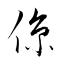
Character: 倞